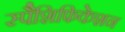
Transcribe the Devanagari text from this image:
स्पैशिफिकेशन